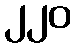
၂၂၀